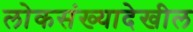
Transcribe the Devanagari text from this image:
लोकसंख्यादेखील